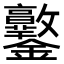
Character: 𨰩